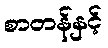
စာတန်နှင့်